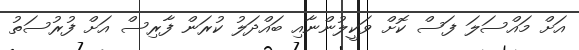
އަށް މައްސަލަ ފަސް ކޮށް ވަކީލުންނާއި ބައްދަލު ކުރަން ފާރިސް އަށް ފުރުސަތު